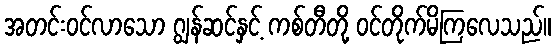
အတင်းဝင်လာသော ဂျွန်ဆင်နှင့် ကစ်တီတို့ ဝင်တိုက်မိကြလေသည်။